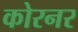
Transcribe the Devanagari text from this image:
कोरनर